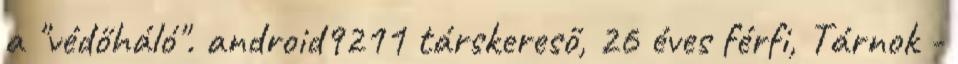
a "védőháló". android9211 társkereső, 26 éves férfi, Tárnok -